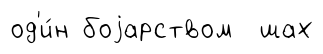
од'и́н боjарством шах